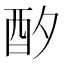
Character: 𲆦